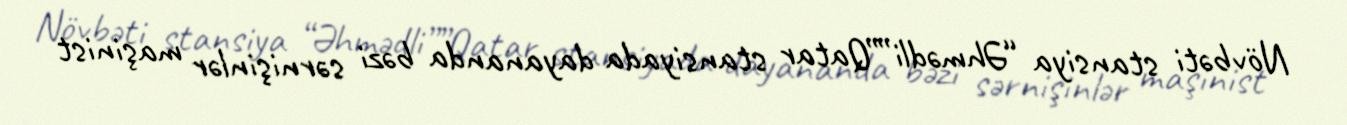
Növbəti stansiya “Əhmədli””Qatar stansiyada dayananda bəzi sərnişinlər maşinist